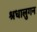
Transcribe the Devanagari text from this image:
श्रधालुगन